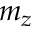
m _ { z }